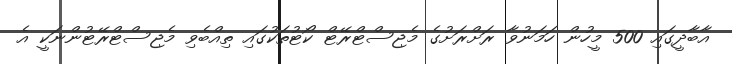
އާބާދީގައި 500 މީހުން ހަމަނުވާ ރަށްރަށުގެ މެޖިސްޓްރޭޓް ކޯޓުތަކުގައި ތިއްބެވި މެޖިސްޓްރޭޓުންނަކީ އެ